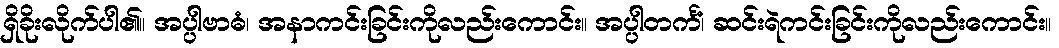
ရှိခိုးလိုက်ပါ၏။ အပ္ပါဗာဓံ၊ အနာကင်းခြင်းကိုလည်းကောင်း။ အပ္ပါတင်္ကံ၊ ဆင်းရဲကင်းခြင်းကိုလည်းကောင်း။